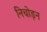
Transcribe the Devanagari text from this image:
निचोड़न